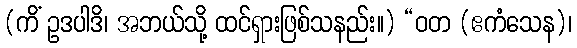
(ကိံ ဥဒပါဒိ၊ အဘယ်သို့ ထင်ရှားဖြစ်သနည်း။) “ဝတ (ဧကံသေန)၊